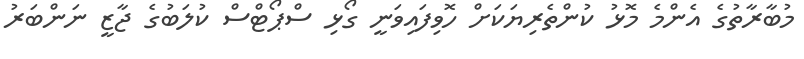
މުބާރާތުގެ އެންމެ މޮޅު ކުންތެރިޔަކަށް ހޮވިފައިވަނީ ގޯޅި ސްޕޯޓްސް ކުލަބުގެ ޖާޒީ ނަންބަރު